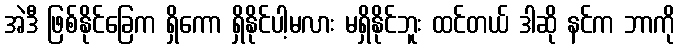
အဲဒီ ဖြစ်နိုင်ခြေက ရှိကော ရှိနိုင်ပါ့မလား မရှိနိုင်ဘူး ထင်တယ် ဒါဆို နင်က ဘာကို